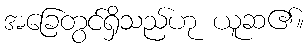
အခြေတွင်ရှိသည်ဟု ယူဆ၏။